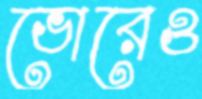
ভোরেও